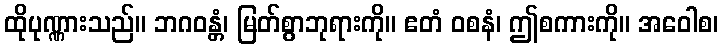
ထိုပုဏ္ဏားသည်။ ဘဂဝန္တံ၊ မြတ်စွာဘုရားကို။ ဧတံ ဝစနံ၊ ဤစကားကို။ အဝေါစ၊